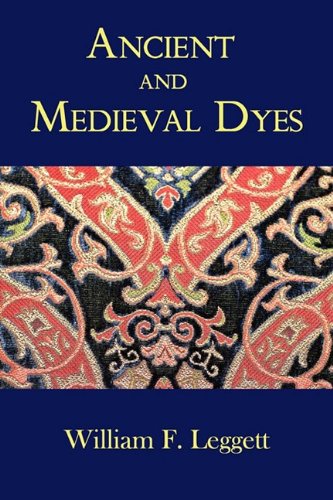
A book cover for Ancient and Medieval Dyes; William F. Leggett; Crafts, Hobbies & Home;